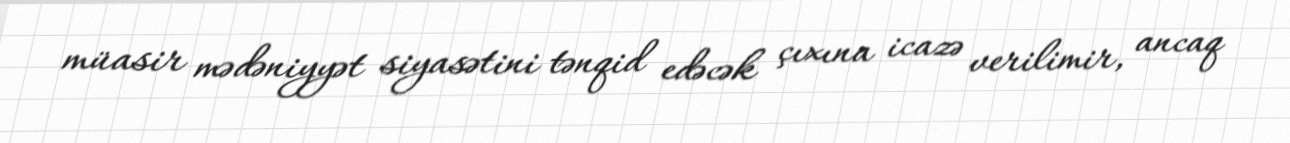
müasir mədəniyyət siyasətini tənqid edəcək çıxına icazə verilimir, ancaq